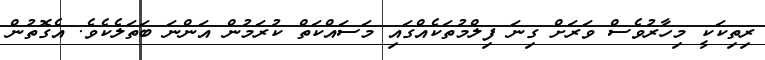
ރިތިކަކީ މިހާރުވެސް ވަރަށް ގިނަ ފިލްމުތަކެއްގައި މަސައްކަތް ކުރަމުން އަންނަ ބަތަލެކެވެ. އެގޮތުން